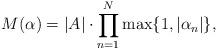
LaTeX: \begin{align*} M(\alpha) = |A|\cdot\prod_{n=1}^N\max\{1,|\alpha_n|\},\end{align*}